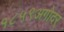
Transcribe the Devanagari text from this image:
१८५९अगोदर